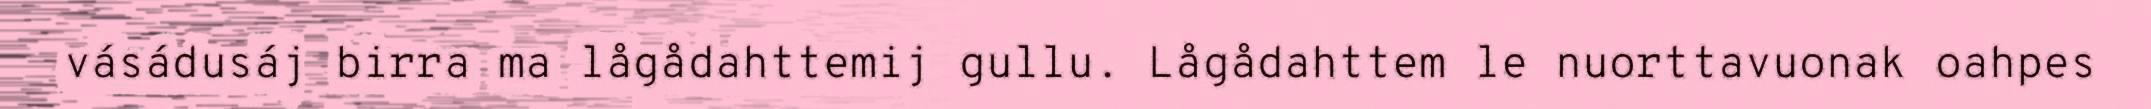
vásádusáj birra ma lågådahttemij gullu. Lågådahttem le nuorttavuonak oahpes